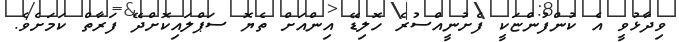
ވިދާޅުވީ އެ ކުންފުންޏަކީ ފެށުނީއްސުރެ ހޮލިޑޭ އިންއަށް ތެޔޮ ސަޕްލައިކޮށްދޭ ފަރާތް ކަމަށެވެ.